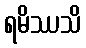
ရမိဿသိ